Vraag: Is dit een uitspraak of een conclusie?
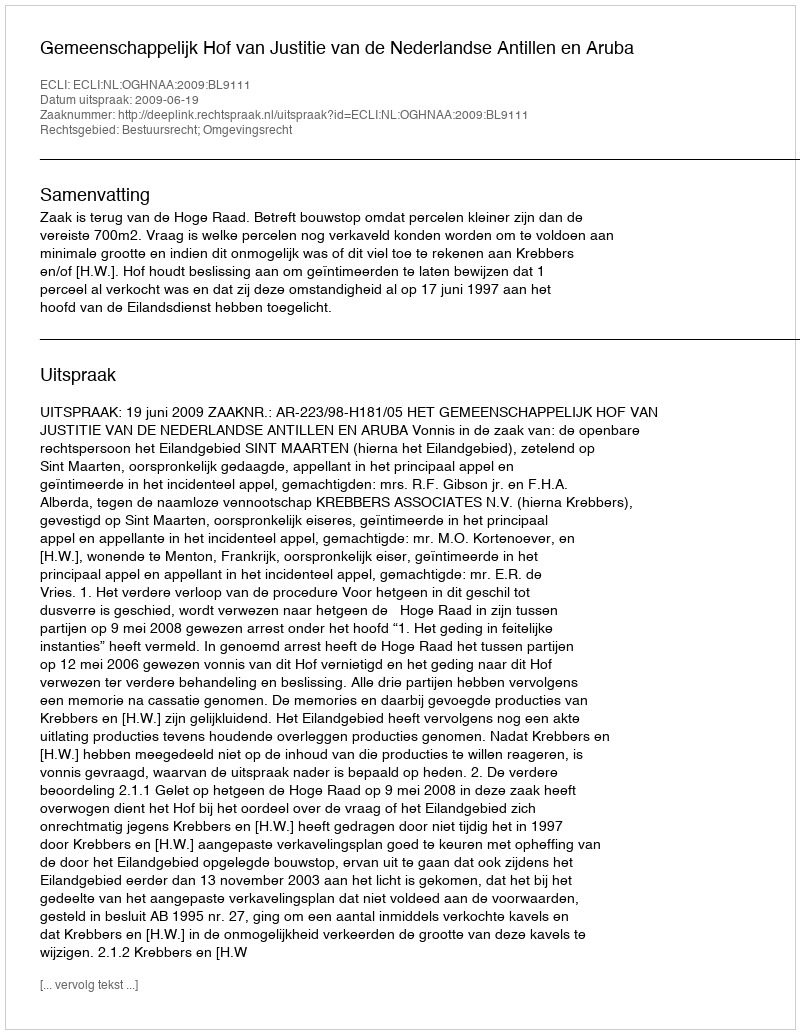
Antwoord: Uitspraak